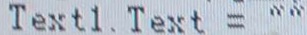
T e x t 1 . T e x t =